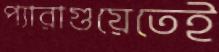
প্যারাগুয়েতেই